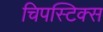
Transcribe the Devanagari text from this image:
चिपस्टिक्स